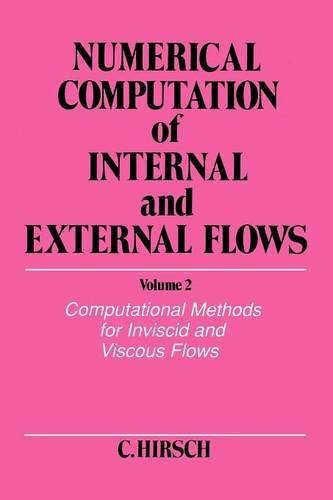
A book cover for Numerical Computation of Internal and External Flows, Computational Methods for Inviscid and Viscous Flows; Charles Hirsch; Science & Math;